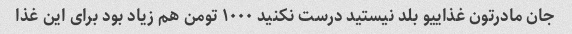
جان مادرتون غذاییو بلد نیستید درست نکنید ١٠٠٠ تومن هم زیاد بود برای این غذا